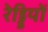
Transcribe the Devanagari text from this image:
रेड्डियों